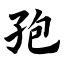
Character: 孢